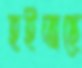
হইতাছে